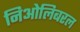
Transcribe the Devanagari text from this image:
निओलिबरल